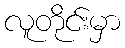
လူတိုင်းမှာ